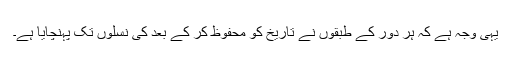
یہی وجہ ہے کہ ہر دور کے طبقوں نے تاریخ کو محفوظ کر کے بعد کی نسلوں تک پہنچایا ہے۔